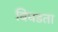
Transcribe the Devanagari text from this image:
बिघडता